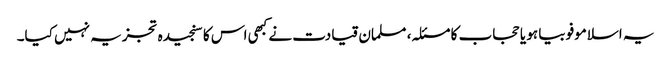
یہ اسلاموفوبیا ہو یا حجاب کا مسئلہ، مسلمان قیادت نے کبھی اس کا سنجیدہ تجزیہ نہیں کیا۔